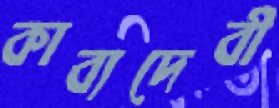
কাব্যদেবী